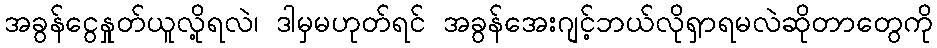
အခွန်ငွေနှုတ်ယူလို့ရလဲ၊ ဒါမှမဟုတ်ရင် အခွန်အေးဂျင့်ဘယ်လိုရှာရမလဲဆိုတာတွေကို